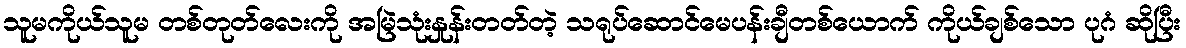
သူမကိုယ်သူမ တစ်တုတ်လေးကို အမြဲသုံးနှုန်းတတ်တဲ့ သရုပ်ဆောင်မေပန်းချီတစ်ယောက် ကိုယ်ချစ်သော ပုဂံ ဆိုပြီး